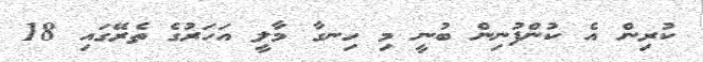
ކުރިން އެ ކުންފުނިން ބުނީ މި ހިނގާ މާލީ އަހަރުގެ ތެރޭގައި 18